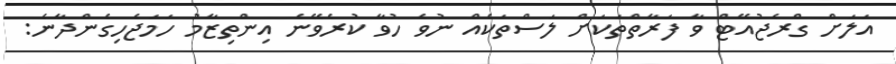
އަލަށް ގްރެޖުއޭޓް ވާ ފަރާތްތަކަށް ލަސްތަކެއް ނުވެ ހުވާ ކުރެވޭނެ އިންތިޒާމު ހަމަޖެހިގެންދާނެ: